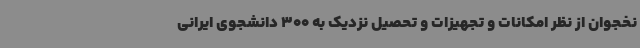
نخجوان از نظر امکانات و تجهیزات و تحصیل نزدیک به 300 دانشجوی ایرانی